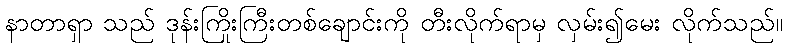
နာတာရှာ သည် ဒုန်းကြိုးကြီးတစ်ချောင်းကို တီးလိုက်ရာမှ လှမ်း၍မေး လိုက်သည်။